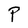
Character: P